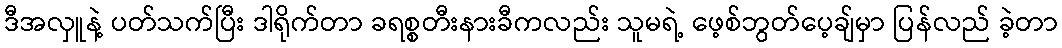
ဒီအလှူနဲ့ ပတ်သက်ပြီး ဒါရိုက်တာ ခရစ္စတီးနားခီကလည်း သူမရဲ့ ဖေ့စ်ဘွတ်ပေ့ချ်မှာ ပြန်လည် ခဲ့တာ